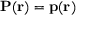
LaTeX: \mathbf { P } ( \mathbf { r } ) = \mathbf { p } ( \mathbf { r } )